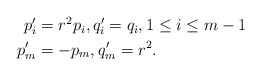
\begin{align*}\begin{aligned}p_i' &= r^2p_i, q_i'=q_i, 1 \leq i \leq m-1\\ p_m'&=-p_m, q_m'=r^2. \end{aligned}\end{align*}